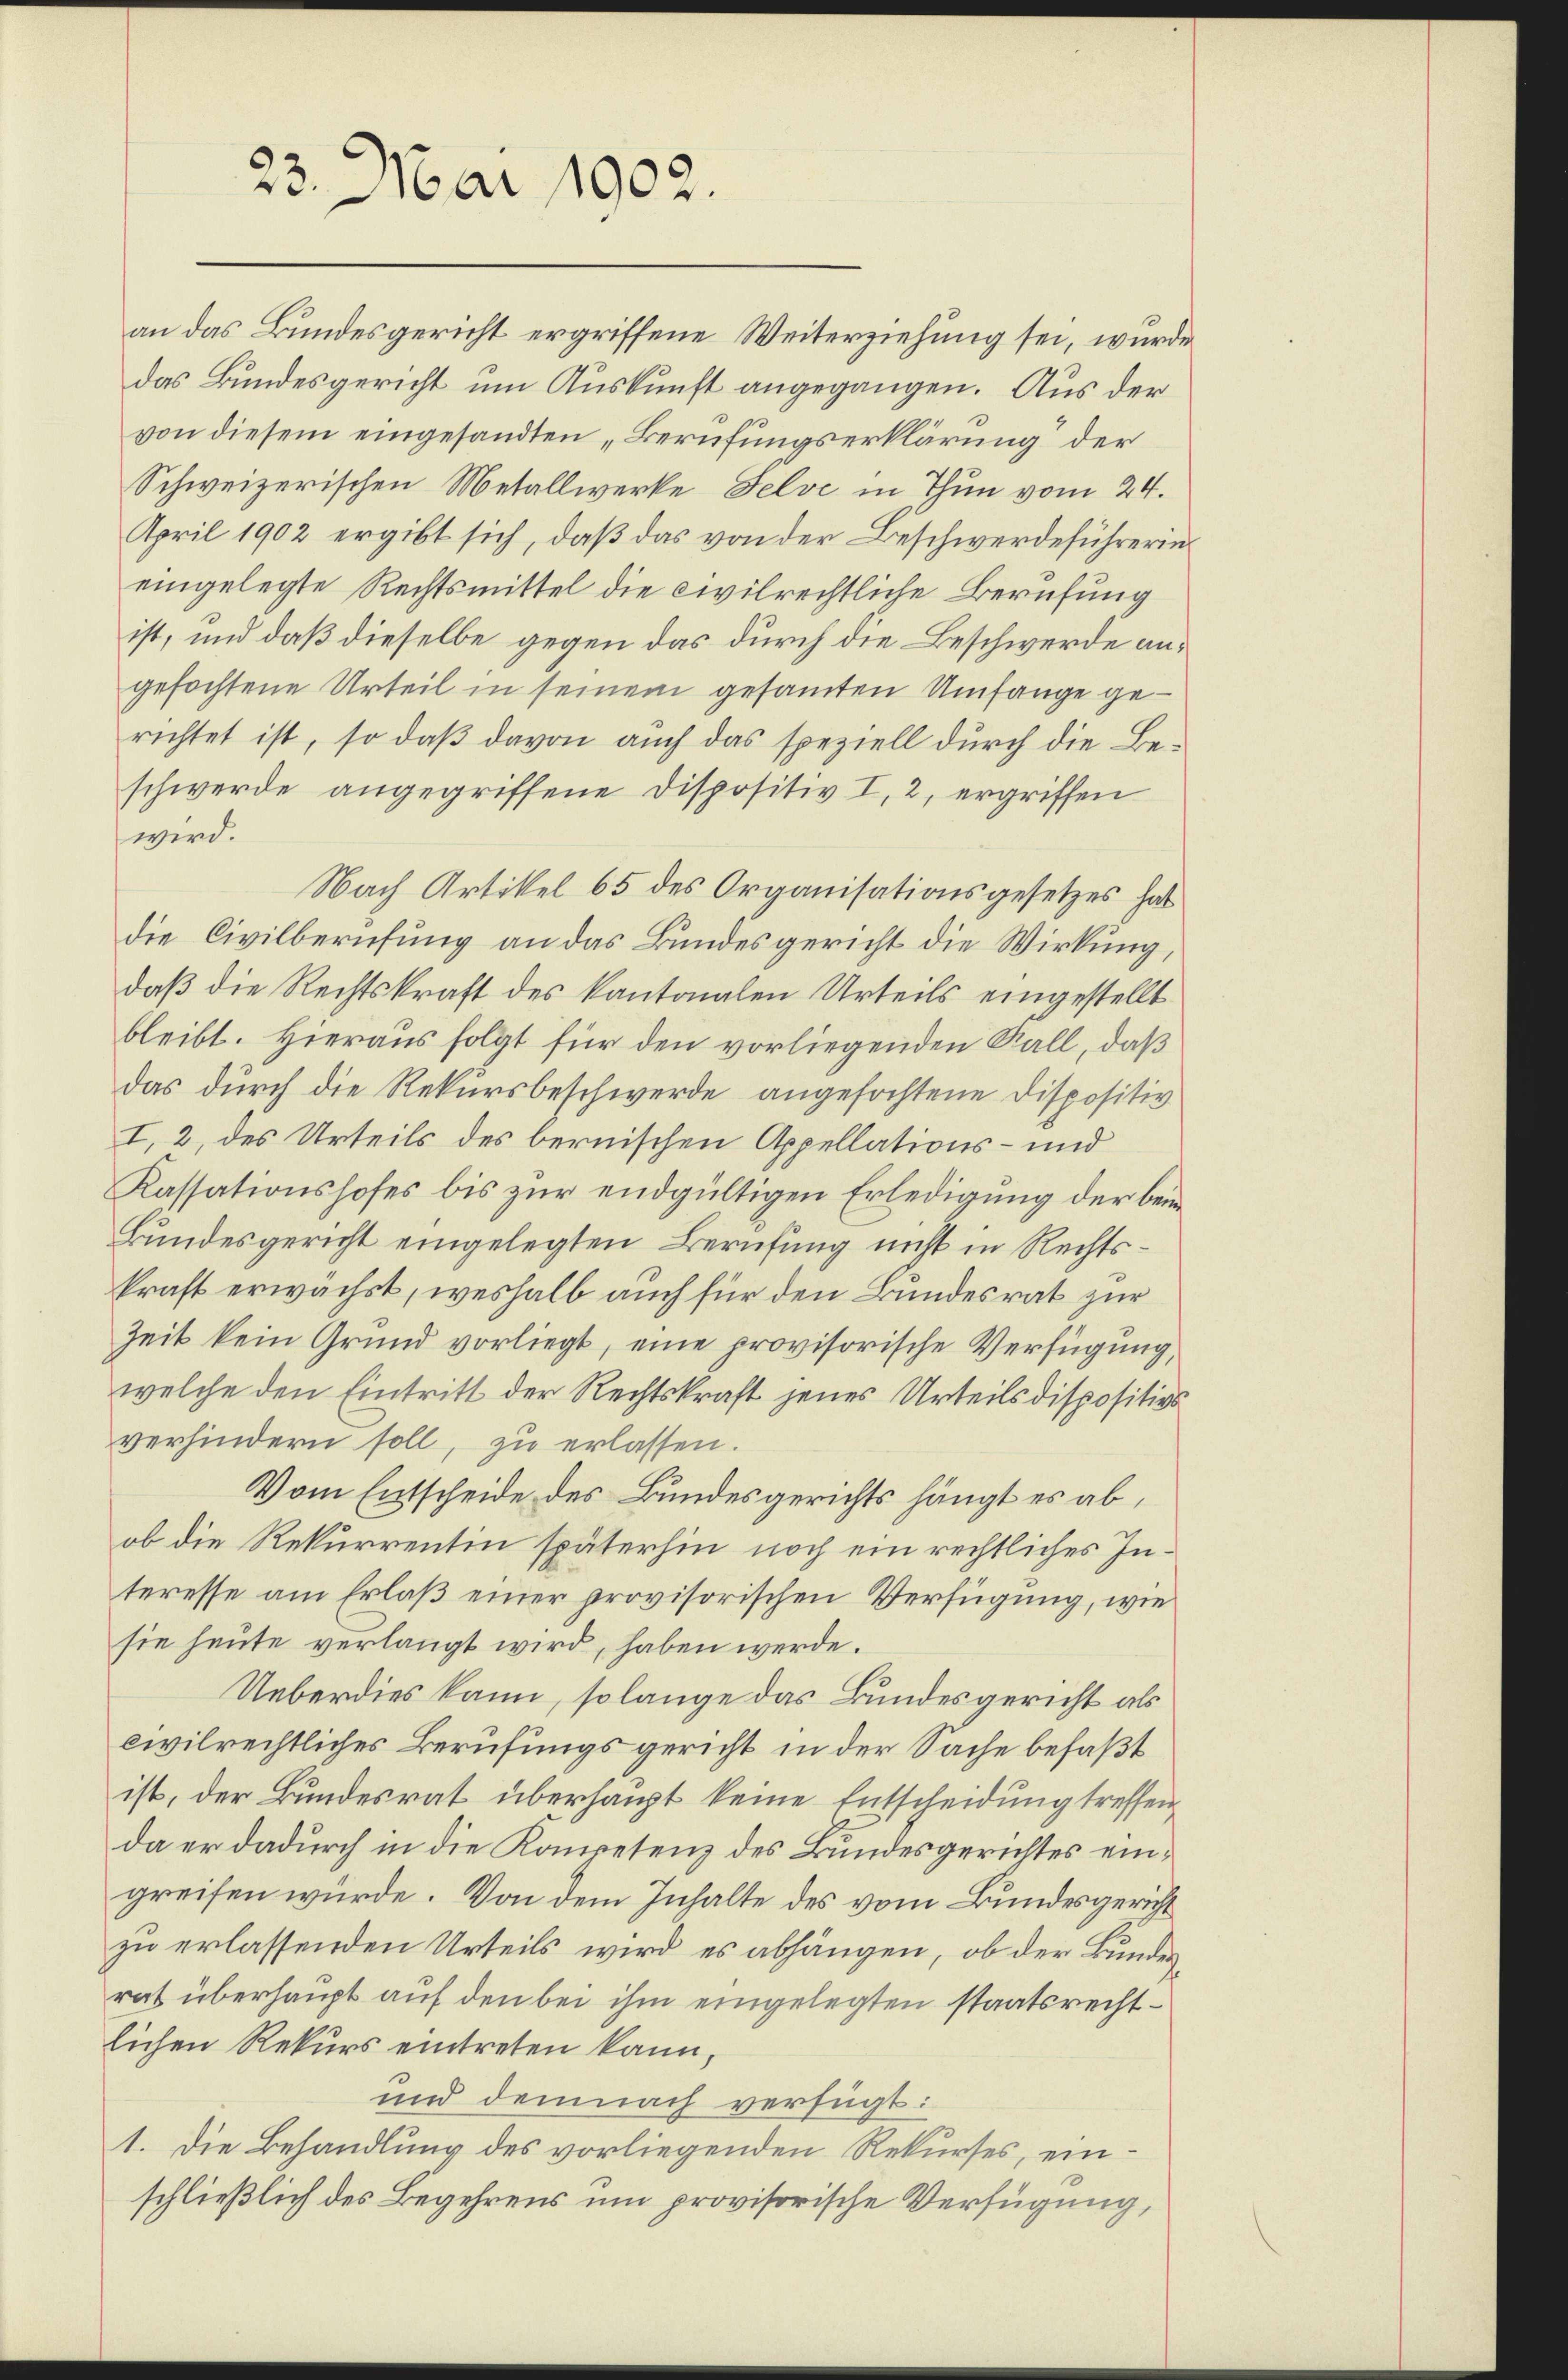
an das Bundesgericht ergriffene Weiterziehung sei, wurde
das Bundesgericht um Auskunft angegangen. Aus der
von diesem eingesandten „Berufungserklärung der
Schweizerischen Metallwerke Felve in Thun vom 24.
April 1902 ergibt sich, daß das von der Beschwerdeführerin
eingelegte Rechtsmittel die civilrechtliche Berufung
ist, und daß dieselbe gegen das durch die Beschwerde angefochtene Urteil in seinem gesamten Umfange gerichtet ist, so daβ davon auch das speziell durch die Be-
schwerde angegriffene Dispositiv I, 2, ergriffen
wird.
Nach Artikel 65 des Organisationsgesetzes hat
die Civilberufung an das Bundesgericht die Wirkung,
daß die Rechtskraft des Kantonalen Urteils eingestellt
bleibt. Hieraus folgt für den vorliegenden Kall, daß
das durch die Rekursbeschwerde angefochtene Dispositiv
I, 2, des Urteils des bernischen Appellations- und
Kassationshofes bis zur endgültigen Erledigung der beim
Bundesgericht eingelegten Berufung nicht in Rechtskraft erwächst, weshalb auch für den Bundesrat zur
Zeit kein Grund vorliegt, eine provisorische Verfügung,
welche den Eintritt der Rechtskraft jenes Urteils dispositivs
verhindern soll, zu erlassen.
Vom Entscheide des Bundesgerichts hängt es ab,
ob die Rekurrentin späterhin noch ein rechtliches Interesse am Erlaß einer provisorischen Verfügung, wie
sie heute verlangt wird, haben werde.
Ueberdies kann, so lange das Bundesgericht als
civilrechtliches Berufungsgericht in der Sache befaßt
ist, der Bundesrat überhaupt keine Entscheidung treffenda er dadurch in die Kompetenz des Bundesgerichtes eingreifen würde. Von dem Inhalte des vom Bundesgericht
zu erlassenden Urteils wird es abhängen, ob der Bundesrat überhaupt auf den bei ihm eingelegten staatsrechtlichen Rekurs eintreten kann,
und demnach verfügt:
1. Die Behandlung des vorliegenden Rekurses, einschließlich des Begehrens um provisorische Verfügung,

23. Mai 1902.